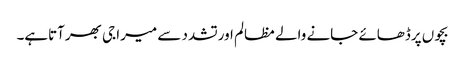
بچوں پرڈھائے جانے والے مظالم اورتشدد سے میرا جی بھرآتاہے۔